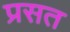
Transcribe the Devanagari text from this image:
प्रसत